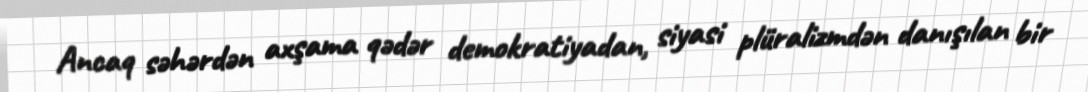
Ancaq səhərdən axşama qədər demokratiyadan, siyasi plüralizmdən danışılan bir